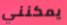
يمكنني